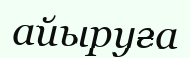
айыруға